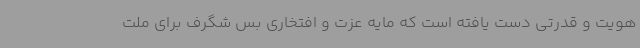
هویت و قدرتی دست یافته است که مایه عزت و افتخاری بس شگرف برای ملت